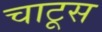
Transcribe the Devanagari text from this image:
चाटूस